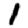
Digit: 1